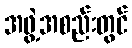
အဖွဲ့အစည်းတွင်